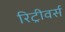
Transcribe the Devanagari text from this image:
रिट्रीवर्स